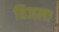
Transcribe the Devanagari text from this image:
तिजला